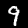
Digit: 9